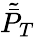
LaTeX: \tilde{\bar{P}}_{T}